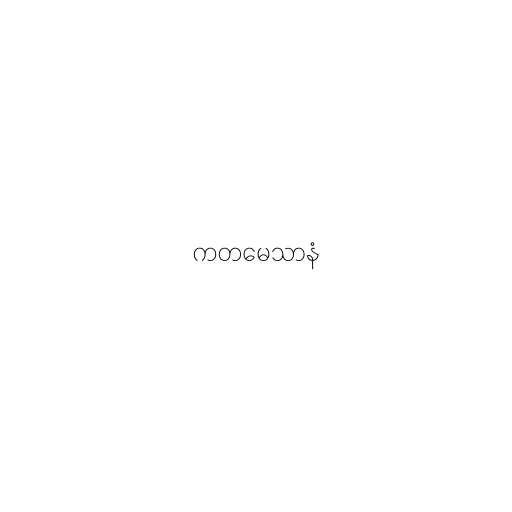
ကတမေသာနံ